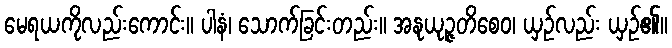
မေရယကိုလည်းကောင်း။ ပါနံ၊ သောက်ခြင်းတည်း။ အနုယုဉ္ဇတိစေဝ၊ ယှဉ်လည်း ယှဉ်၏။